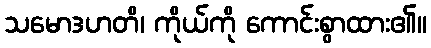
သမောဒဟတိ၊ ကိုယ်ကို ကောင်းစွာထား၏။